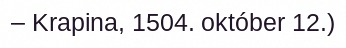
– Krapina, 1504. október 12.)